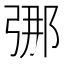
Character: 𫸶